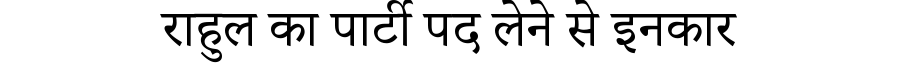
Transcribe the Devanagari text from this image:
राहुल का पार्टी पद लेने से इनकार